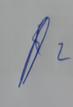
Signature authenticity: genuine